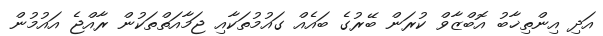
އަދި އިންތިޚާބު އޮބްޒާވް ކުރަން ބޭރުގެ ބައެއް ގައުމުތަކާއި ޖަމާއަތްތަކުން ރާއްޖެ އައުމުން